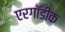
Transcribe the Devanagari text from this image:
एरगॉडीक